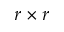
r \times r